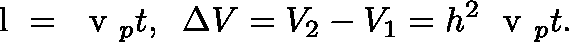
\mathrm { ~ \boldmath ~ l ~ } = \mathrm { ~ \boldmath ~ v ~ } _ { p } t , \; \; \Delta V = V _ { 2 } - V _ { 1 } = h ^ { 2 } \mathrm { ~ \boldmath ~ v ~ } _ { p } t .